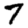
Digit: 7